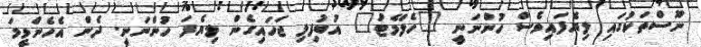
ނޫސްތަކުގައި ލިޔެފައިވެސް ހުންނަނީ "ހެލްމެޓު" އުބުފިލި ޖަހައިގެން ލިޔެފަ ހުންނަނީ. ދެން އެހެންވީމަ